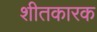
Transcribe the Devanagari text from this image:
शीतकारक